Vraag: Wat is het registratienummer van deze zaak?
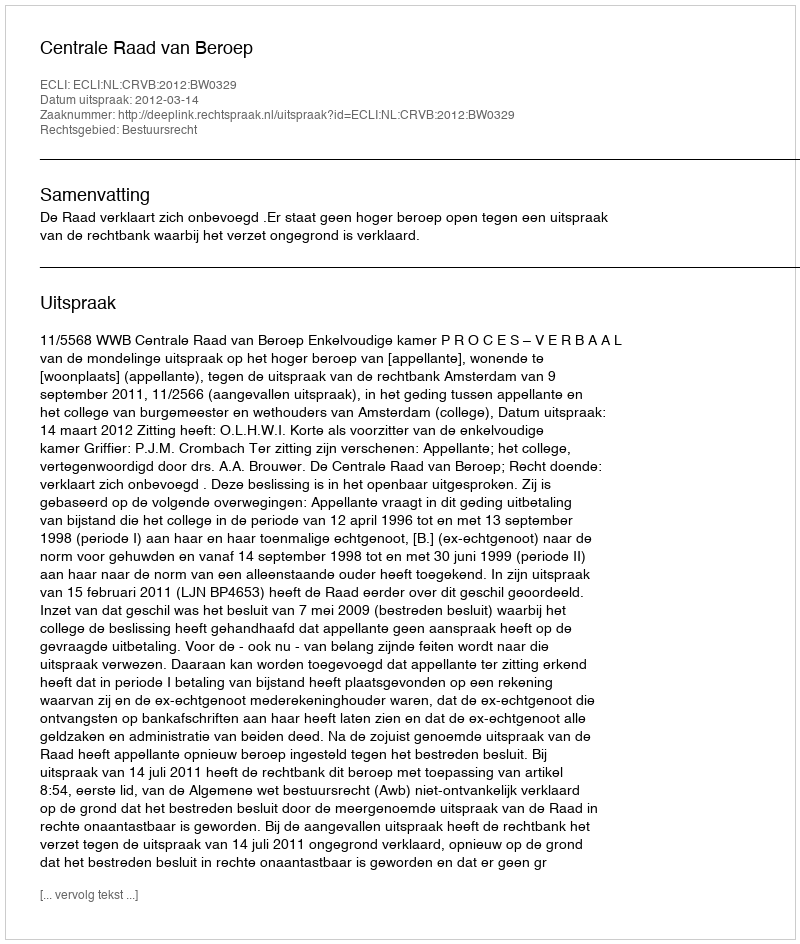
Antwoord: http://deeplink.rechtspraak.nl/uitspraak?id=ECLI:NL:CRVB:2012:BW0329